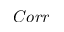
C o r r